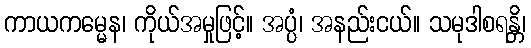
ကာယကမ္မေန၊ ကိုယ်အမှုဖြင့်။ အပ္ပံ၊ အနည်းငယ်။ သမုဒါစရန္တိ၊